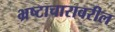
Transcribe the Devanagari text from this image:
भ्रष्टाचारावरील